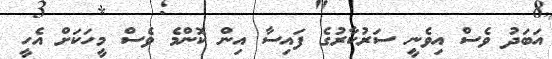
އަބަދު ވެސް އިވެނީ ސަރުކާރުގެ ފައިސާ އިން ކޮންމެ ވެސް މީހަކަށް އެހީ